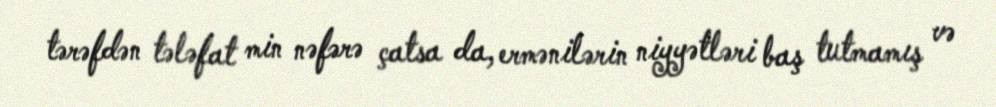
tərəfdən tələfat min nəfərə çatsa da, ermənilərin niyyətləri baş tutmamış və